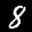
Label: 8